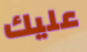
عليك